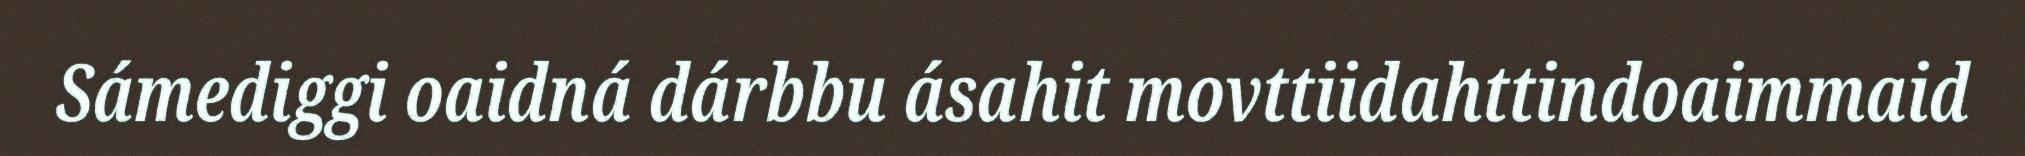
Sámediggi oaidná dárbbu ásahit movttiidahttindoaimmaid